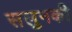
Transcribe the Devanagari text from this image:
सलुनकी